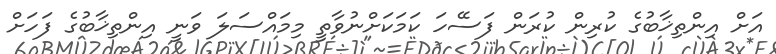
އަށް އިންތިޚާބުގެ ކުރިން ކުރަން ފަސޭހަ ކަމަކަށްނުވާތީ މިމައްސަލަ ވަނީ އިންތިޚާބުގެ ފަހަށް